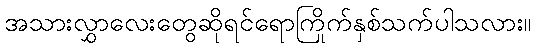
အသားလွှာလေးတွေဆိုရင်ရောကြိုက်နှစ်သက်ပါသလား။